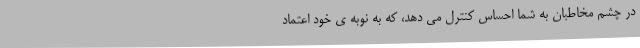
در چشم مخاطبان به شما احساس کنترل می دهد، که به نوبه ی خود اعتماد